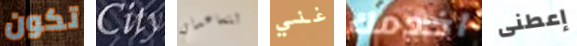
تكون City لتساعدني غني اخدمك إعطنى